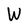
Character: W